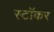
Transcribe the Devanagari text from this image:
स्टॉकर